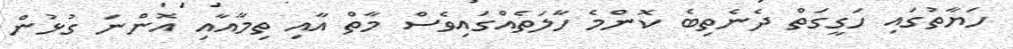
ހަޔާތުގައި ހަގީގަތް ދެނެތިބެ ކޮންމެ ހާލަތެއްގައިވެސް މާތް އާއި ތިމާއާއި އޮންނަ ގުޅުން